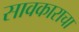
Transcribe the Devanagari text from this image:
सावकाराचा